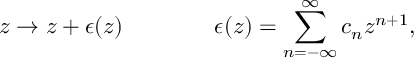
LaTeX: z \rightarrow z + \epsilon ( z ) \qquad \qquad \epsilon ( z ) = \sum _ { n = - \infty } ^ { \infty } c _ { n } z ^ { n + 1 } ,